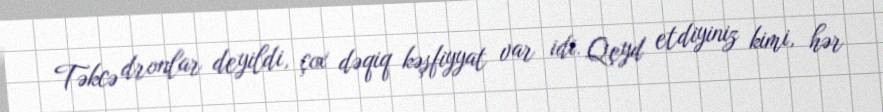
Təkcə dronlar deyildi, çox dəqiq kəşfiyyat var idi. Qeyd etdiyiniz kimi, hər